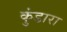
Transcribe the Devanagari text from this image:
कुंडारा